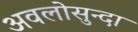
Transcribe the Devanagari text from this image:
अवलोसुन्दा